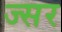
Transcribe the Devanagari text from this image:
ज्सर